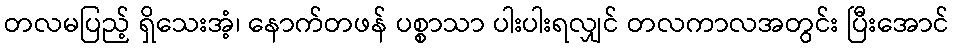
တလမပြည့် ရှိသေးအံ့၊ နောက်တဖန် ပစ္စာသာ ပါးပါးရလျှင် တလကာလအတွင်း ပြီးအောင်